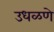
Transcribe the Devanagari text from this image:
उधळणे